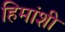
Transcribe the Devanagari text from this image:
हिमांशी